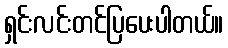
ရှင်းလင်းတင်ပြပေးပါတယ်။